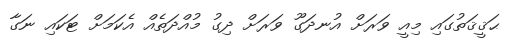
ޙަޤީޤަތުގައި މިއީ ވަރަށް އުނދަގޫ ވަރަށް ދިގު މުއްދަތެއް އެކަމަށް ޓަކައި ނަގާ